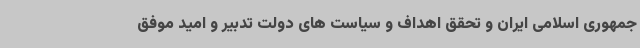
جمهوری اسلامی ایران و تحقق اهداف و سیاست های دولت تدبیر و امید موفق